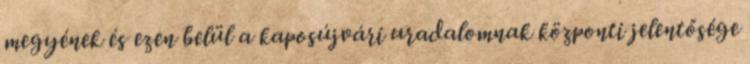
megyének és ezen belül a kaposújvári uradalomnak központi jelentősége